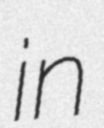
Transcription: in